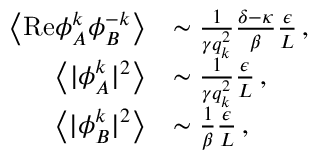
\begin{array} { r l } { \left\langle \mathrm { R e } { \phi } _ { A } ^ { k } { \phi } _ { B } ^ { - k } \right\rangle } & { \sim \frac { 1 } { \gamma q _ { k } ^ { 2 } } \frac { \delta - \kappa } { \beta } \frac { \epsilon } { L } \, , } \\ { \left\langle \vert { \phi } _ { A } ^ { k } \vert ^ { 2 } \right\rangle } & { \sim \frac { 1 } { \gamma q _ { k } ^ { 2 } } \frac { \epsilon } { L } \, , } \\ { \left\langle \vert { \phi } _ { B } ^ { k } \vert ^ { 2 } \right\rangle } & { \sim \frac { 1 } { \beta } \frac { \epsilon } { L } \, , } \end{array}